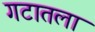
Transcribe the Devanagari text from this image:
गटातला